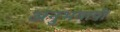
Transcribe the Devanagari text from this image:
अनुभवावी